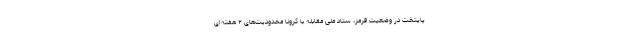
پایتخت در وضعیت قرمز، ستاد ملی مقابله با کرونا محدودیت‌های ۲ هفته‌ای